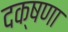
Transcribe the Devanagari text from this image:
दक्षणा